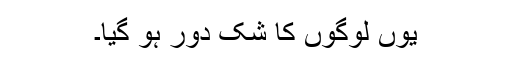
یوں لوگوں کا شک دور ہو گیا۔